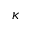
\kappa